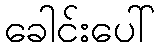
ခေါင်းပေါ်